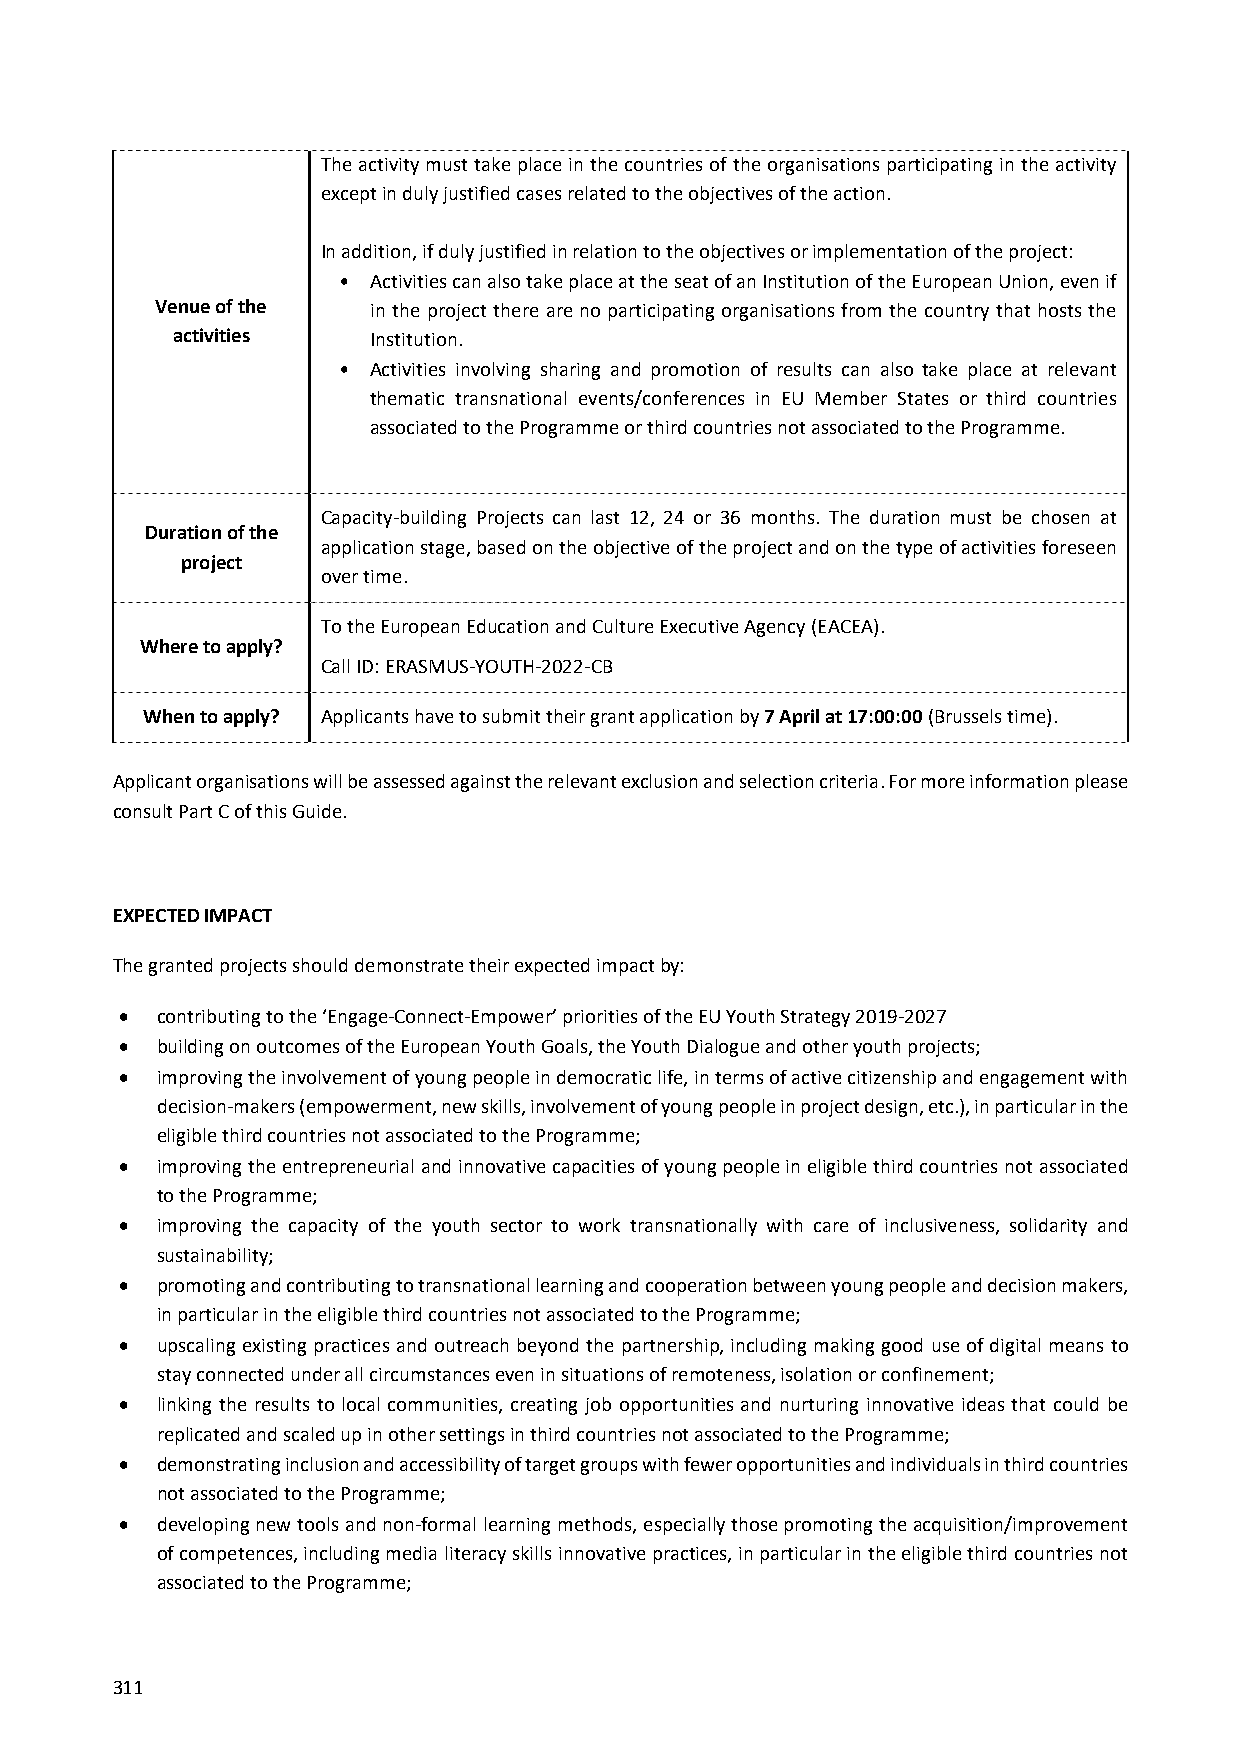
The activity must take place in the countries of the organisations participating in the activity
 except in duly justified cases related to the objectives of the action.
 In addition, if duly justified in relation to the objectives or implementation of the project:
 • Activities can also take place at the seat of an Institution of the European Union, even if
 Venue of the  in the project there are no participating organisations from the country that hosts the
 activities   Institution.
 • Activities involving sharing and promotion of results can also take place at relevant
 thematic transnational events/conferences in EU Member States or third countries
 associated to the Programme or third countries not associated to the Programme.
 Capacity‐building Projects can last 12, 24 or 36 months. The duration must be chosen at
 Duration of the
 application stage, based on the objective of the project and on the type of activities foreseen
 project
 over time.
 To the European Education and Culture Executive Agency (EACEA).
 Where to apply?
 Call ID: ERASMUS‐YOUTH‐2022‐CB
 When to apply? Applicants have to submit their grant application by 7 April at 17:00:00 (Brussels time).
 Applicant organisations will be assessed against the relevant exclusion and selection criteria. For more information please
 consult Part C of this Guide.
 EXPECTED IMPACT
 The granted projects should demonstrate their expected impact by:
  contributing to the ‘Engage‐Connect‐Empower’ priorities of the EU Youth Strategy 2019‐2027
  building on outcomes of the European Youth Goals, the Youth Dialogue and other youth projects;
  improving the involvement of young people in democratic life, in terms of active citizenship and engagement with
 decision‐makers (empowerment, new skills, involvement of young people in project design, etc.), in particular in the
 eligible third countries not associated to the Programme;
  improving the entrepreneurial and innovative capacities of young people in eligible third countries not associated
 to the Programme;
  improving the capacity of the youth sector to work transnationally with care of inclusiveness, solidarity and
 sustainability;
  promoting and contributing to transnational learning and cooperation between young people and decision makers,
 in particular in the eligible third countries not associated to the Programme;
  upscaling existing practices and outreach beyond the partnership, including making good use of digital means to
 stay connected under all circumstances even in situations of remoteness, isolation or confinement;
  linking the results to local communities, creating job opportunities and nurturing innovative ideas that could be
 replicated and scaled up in other settings in third countries not associated to the Programme;
  demonstrating inclusion and accessibility of target groups with fewer opportunities and individuals in third countries
 not associated to the Programme;
  developing new tools and non‐formal learning methods, especially those promoting the acquisition/improvement
 of competences, including media literacy skills innovative practices, in particular in the eligible third countries not
 associated to the Programme;
 311